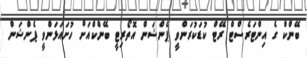
ބޭންކް ގެ އިންޓަރެސްޓް ރޭޓް ކުޑަކުރަންވީ ޕެންޝަން އޮތޯރިޓީ ބޭންކްއަށް ހުށައަޅަންވީ ޕެންޝަން